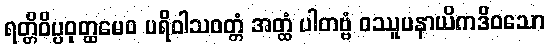
ရတ္တိဝိပ္ပဝုတ္ထမေဝ ပရိဝါသဝတ္တံ အတ္ထံ ပါတဗ္ဗံ ဝဿူပနာယိကဒိဝသော